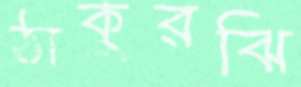
ঠাকুরঝি